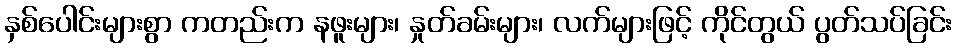
နှစ်ပေါင်းများစွာ ကတည်းက နဖူးများ၊ နှုတ်ခမ်းများ၊ လက်များဖြင့် ကိုင်တွယ် ပွတ်သပ်ခြင်း